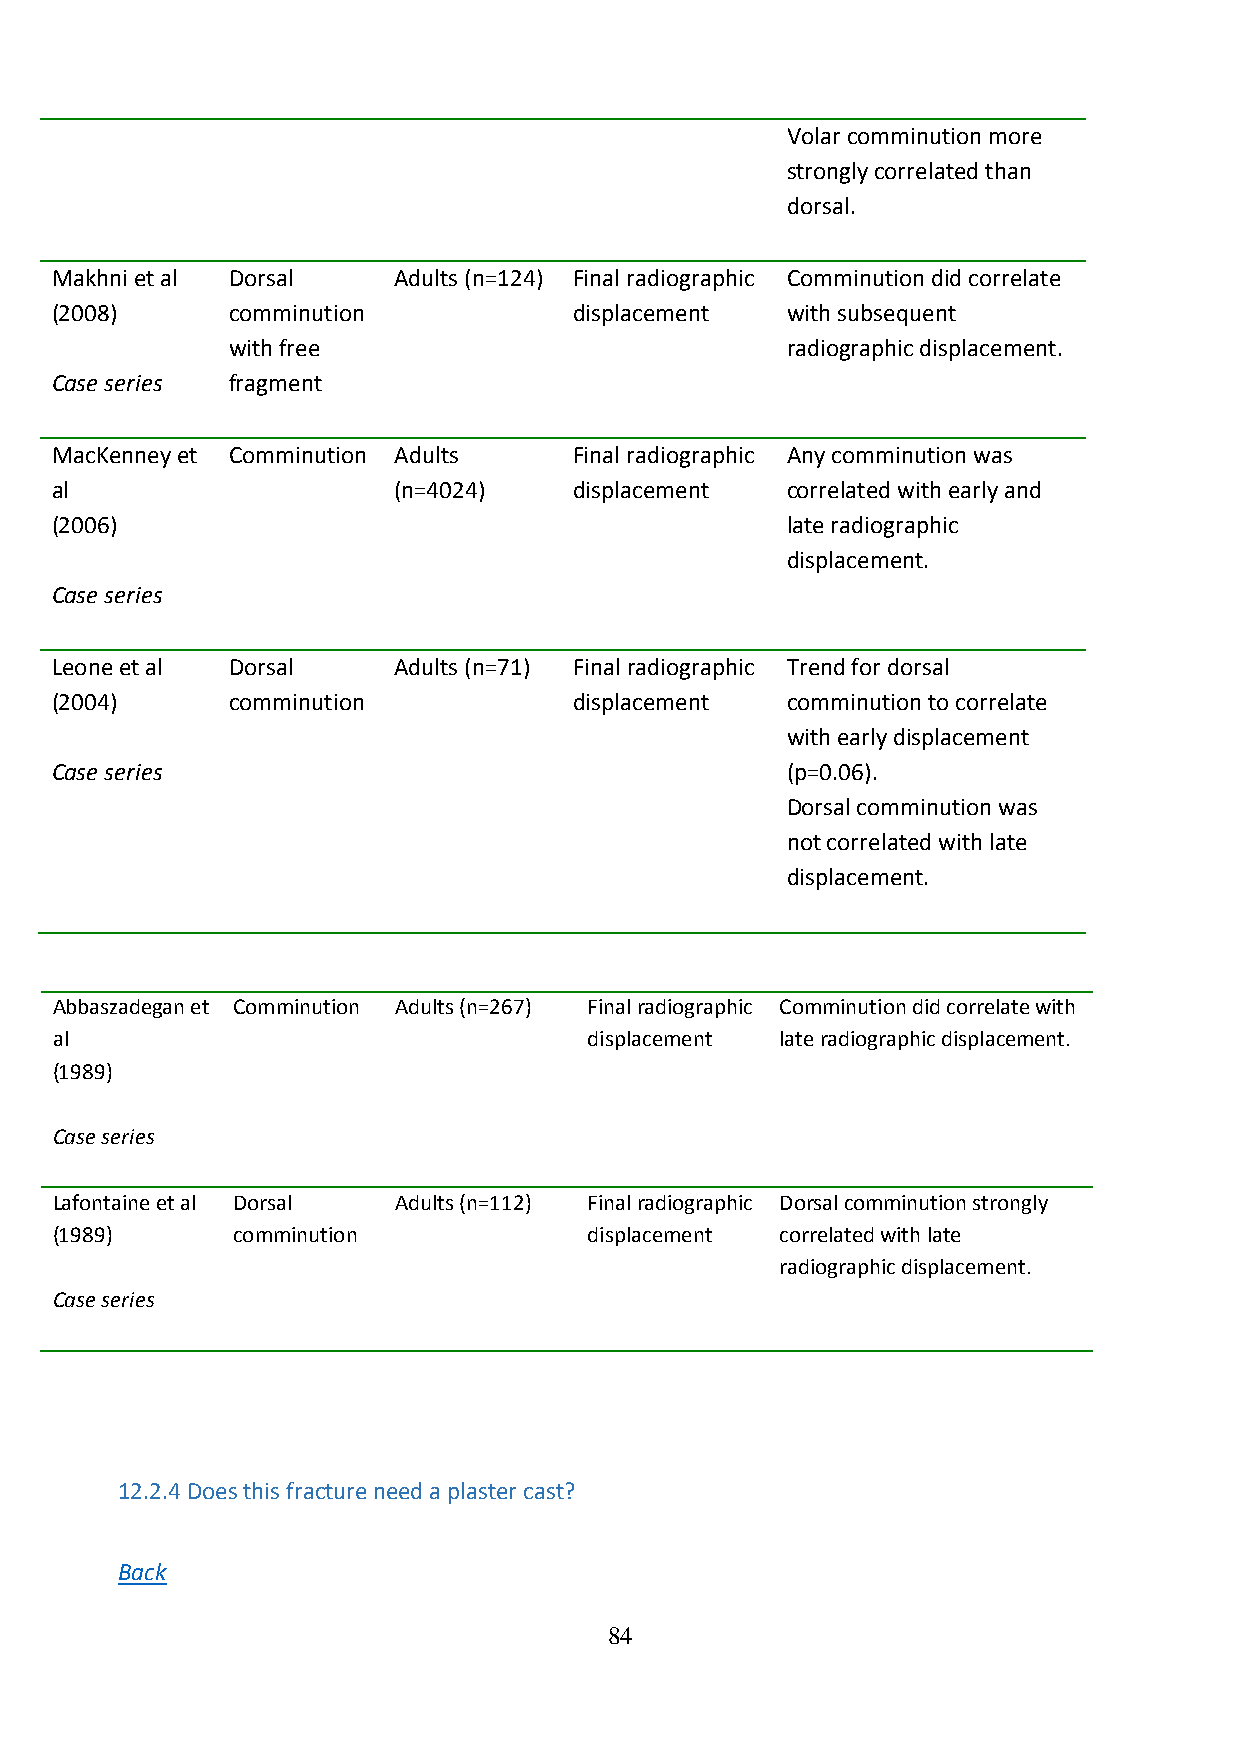
Volar comminution more
 strongly correlated than
 dorsal.
 Makhni et al Dorsal    Adults (n=124) Final radiographic Comminution did correlate
 (2008)      comminution            displacement  with subsequent
 with free                            radiographic displacement.
 Case series fragment
 MacKenney et Comminution Adults    Final radiographic Any comminution was
 al                     (n=4024)    displacement  correlated with early and
 (2006)                                           late radiographic
 displacement.
 Case series
 Leone et al Dorsal     Adults (n=71) Final radiographic Trend for dorsal
 (2004)      comminution            displacement  comminution to correlate
 with early displacement
 Case series                                      (p=0.06).
 Dorsal comminution was
 not correlated with late
 displacement.
 Abbaszadegan et Comminution Adults (n=267) Final radiographic Comminution did correlate with
 al                                  displacement late radiographic displacement.
 (1989)
 Case series
 Lafontaine et al Dorsal Adults (n=112) Final radiographic Dorsal comminution strongly
 (1989)      comminution             displacement correlated with late
 radiographic displacement.
 Case series
 12.2.4 Does this fracture need a plaster cast?
 Back
 84